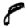
Digit: 8